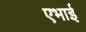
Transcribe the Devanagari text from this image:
एभाई